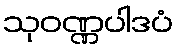
သုဝဏ္ဏပါဒပံ